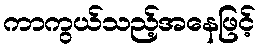
ကာကွယ်သည့်အနေဖြင့်